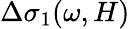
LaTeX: \Delta\sigma_{1}(\omega,H)